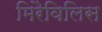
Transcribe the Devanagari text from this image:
मिरैविलिस